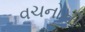
વચનોની